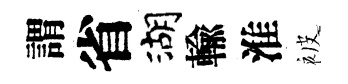
謂省湖輸淮被